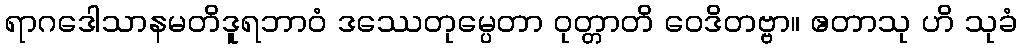
ရာဂဒေါသာနမတိဒူရဘာဝံ ဒဿေတုမ္ပေတာ ဝုတ္တာတိ ဝေဒိတဗ္ဗာ။ ဧတာသု ဟိ သုခံ